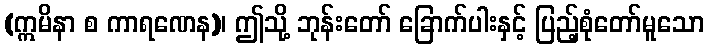
(ဣမိနာ စ ကာရဏေန)၊ ဤသို့ ဘုန်းတော် ခြောက်ပါးနှင့် ပြည့်စုံတော်မူသော